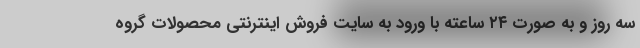
سه روز و به صورت ۲۴ ساعته با ورود به سایت فروش اینترنتی محصولات گروه